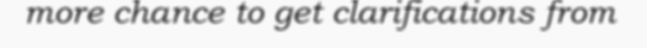
more chance to get clarifications from